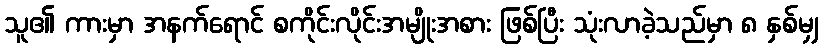
သူ၏ ကားမှာ အနက်ရောင် စကိုင်းလိုင်းအမျိုးအစား ဖြစ်ပြီး သုံးလာခဲ့သည်မှာ ၈ နှစ်မျှ